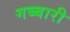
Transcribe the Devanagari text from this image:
गब्बारी